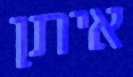
איתן